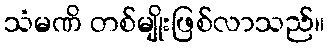
သံမဏိ တစ်မျိုးဖြစ်လာသည်။